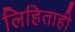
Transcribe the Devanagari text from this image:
लिहिताही